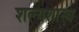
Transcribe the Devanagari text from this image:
शल्यशास्त्र